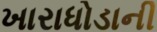
ખારાધોડાની